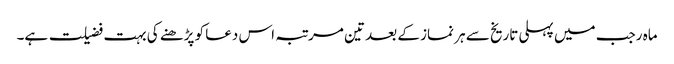
ماہ رجب میں پہلی تاریخ سے ہر نماز کے بعد تین مرتبہ اس دعا کو پڑھنے کی بہت فضیلت ہے۔